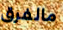
مالفرق